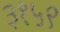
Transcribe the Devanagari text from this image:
३१५९